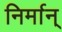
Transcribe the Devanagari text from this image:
निर्मान्